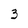
Character: 3